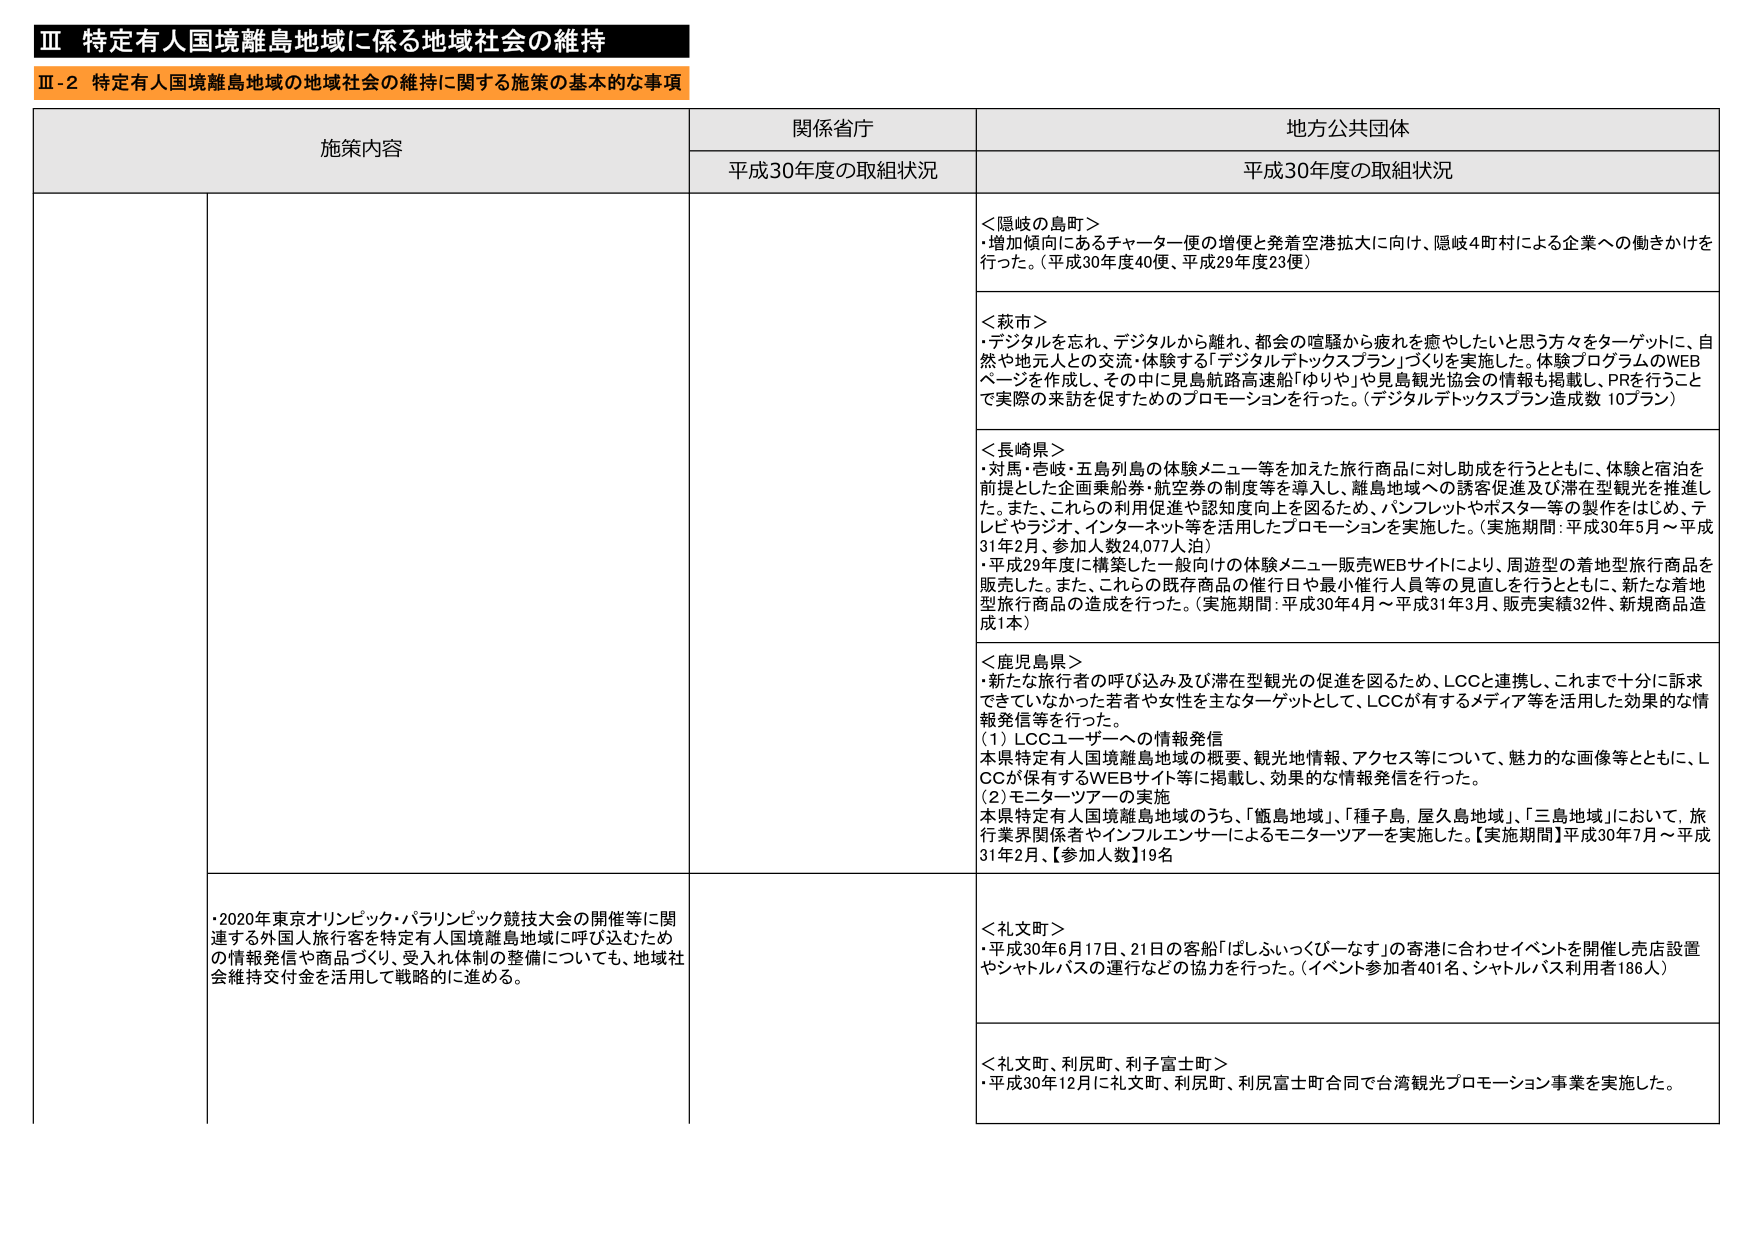
Ⅲ 特定有人国境離島地域に係る地域社会の維持
Ⅲ-2 特定有人国境離島地域の地域社会の維持に関する施策の基本的な事項

施策内容 関係省庁 地方公共団体
平成30年度の取組状況 平成30年度の取組状況

＜隠岐の島町＞
・増加傾向にあるチャーター便の増便と発着空港拡大に向け、隠岐4町村による企業への働きかけを行った。（平成30年度40便、平成29年度23便）

＜萩市＞
・デジタルを忘れ、デジタルから離れ、都会の喧騒から疲れを癒やしたいと思う方々をターゲットに、自然や地元人との交流・体験する「デジタルデトックスプラン」づくりを実施した。体験プログラムのWEBページを作成し、その中で見島航路高速船「ゆりや」や見島観光協会の情報を掲載し、PRを行うことで実際の来訪を促すためのプロモーションを行った。（デジタルデトックスプラン造成数 10プラン）

＜長崎県＞
・対馬・壱岐・五島列島の体験メニュー等を加えた旅行商品に対し助成を行うとともに、体験と宿泊を前提とした企画乗船券・航空券の制度等を導入し、離島地域への誘客促進及び滞在型観光を推進した。また、これらの利用促進や認知度向上を図るため、パンフレットやポスター等の製作をはじめ、テレビやラジオ、インターネット等を活用したプロモーションを実施した。（実施期間：平成30年5月～平成31年2月、参加人数24,077人泊）
・平成29年度に構築した一般向けの体験メニュー販売WEBサイトにより、周遊型の着地型旅行商品を販売した。また、これらの既存商品の催行日や最小催行人員等の見直しを行うとともに、新たな着地型旅行商品の造成を行った。（実施期間：平成30年4月～平成31年3月、販売実績32件、新規商品造成1本）

＜鹿児島県＞
・新たな旅行者の呼び込み及び滞在型観光の促進を図るため、LCCと連携し、これまで十分に訴求できていなかった若者や女性を主なターゲットとして、LCCが有するメディア等を活用した効果的な情報発信等を行った。
（1）LCCユーザーへの情報発信
本県特定有人国境離島地域の概要、観光地情報、アクセス等について、魅力的な画像等とともに、LCCが保有するWEBサイト等に掲載し、効果的な情報発信を行った。
（2）モニターツアーの実施
本県特定有人国境離島地域のうち、「甑島地域」、「種子島、屋久島地域」、「三島地域」において、旅行業界関係者やインフルエンサーによるモニターツアーを実施した。【実施期間】平成30年7月～平成31年2月、【参加人数】19名

・2020年東京オリンピック・パラリンピック競技大会の開催等に関連する外国人旅行客を特定有人国境離島地域に呼び込むための情報発信や商品づくり、受入れ体制の整備についても、地域社会維持交付金を活用して戦略的に進める。

＜礼文町＞
・平成30年6月17日、21日の客船「ぱしふぃっくびーなす」の寄港に合わせイベントを開催し売店設置やシャトルバスの運行などの協力を行った。（イベント参加者401名、シャトルバス利用者186人）

＜礼文町、利尻町、利尻富士町＞
・平成30年12月に礼文町、利尻町、利尻富士町合同で台湾観光プロモーション事業を実施した。